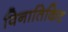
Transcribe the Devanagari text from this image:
विनातिकिट